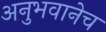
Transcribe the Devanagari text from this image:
अनुभवानेच